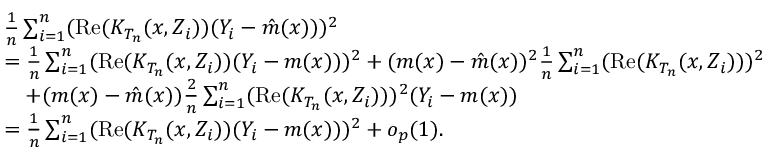
\begin{array} { r l } & { \frac { 1 } { n } \sum _ { i = 1 } ^ { n } ( \mathrm { R e } ( K _ { T _ { n } } ( x , Z _ { i } ) ) ( Y _ { i } - \hat { m } ( x ) ) ) ^ { 2 } } \\ & { = \frac { 1 } { n } \sum _ { i = 1 } ^ { n } ( \mathrm { R e } ( K _ { T _ { n } } ( x , Z _ { i } ) ) ( Y _ { i } - m ( x ) ) ) ^ { 2 } + ( m ( x ) - \hat { m } ( x ) ) ^ { 2 } \frac { 1 } { n } \sum _ { i = 1 } ^ { n } ( \mathrm { R e } ( K _ { T _ { n } } ( x , Z _ { i } ) ) ) ^ { 2 } } \\ & { \quad + ( m ( x ) - \hat { m } ( x ) ) \frac { 2 } { n } \sum _ { i = 1 } ^ { n } ( \mathrm { R e } ( K _ { T _ { n } } ( x , Z _ { i } ) ) ) ^ { 2 } ( Y _ { i } - m ( x ) ) } \\ & { = \frac { 1 } { n } \sum _ { i = 1 } ^ { n } ( \mathrm { R e } ( K _ { T _ { n } } ( x , Z _ { i } ) ) ( Y _ { i } - m ( x ) ) ) ^ { 2 } + o _ { p } ( 1 ) . } \end{array}